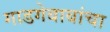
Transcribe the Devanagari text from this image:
गाडगेबाबांचा